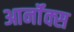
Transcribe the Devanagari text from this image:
आर्नॉक्स